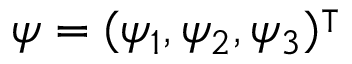
\psi = ( \psi _ { 1 } , \psi _ { 2 } , \psi _ { 3 } ) ^ { \intercal }